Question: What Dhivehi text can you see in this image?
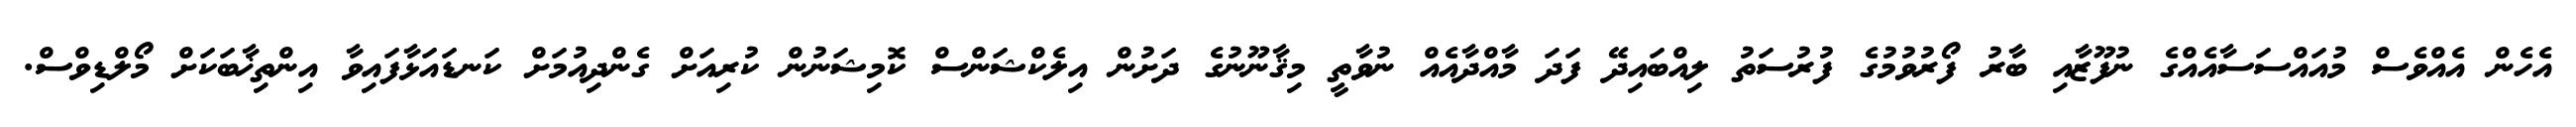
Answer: އެހެން އެއްވެސް މުއައްސަސާއެއްގެ ނުފޫޒާއި ބާރު ފޯރުވުމުގެ ފުރުސަތު ލިއްބައިދޭ ފަދަ މާއްދާއެއް ނުވާތީ މިޤާނޫނުގެ ދަށުން އިލެކްޝަންސް ކޮމިޝަނުން ކުރިއަށް ގެންދިއުމަށް ކަނޑައަޅާފައިވާ އިންތިޚާބަކަށް މޯލްޑިވްސް.